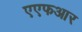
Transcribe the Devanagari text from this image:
एएफआर